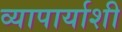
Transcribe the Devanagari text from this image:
व्यापार्याशी